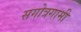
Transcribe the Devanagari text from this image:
सगोत्रगामी